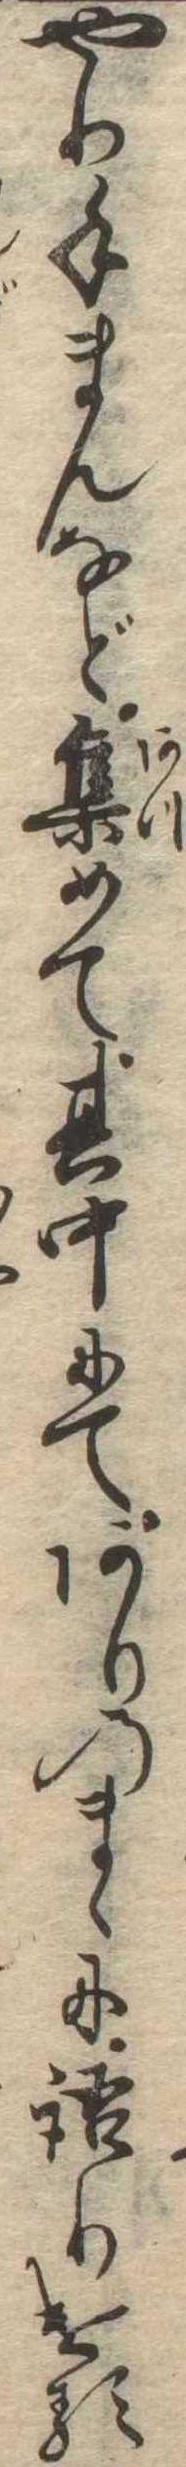
やり手まんなど集めて其中にてありのまゝに語りける